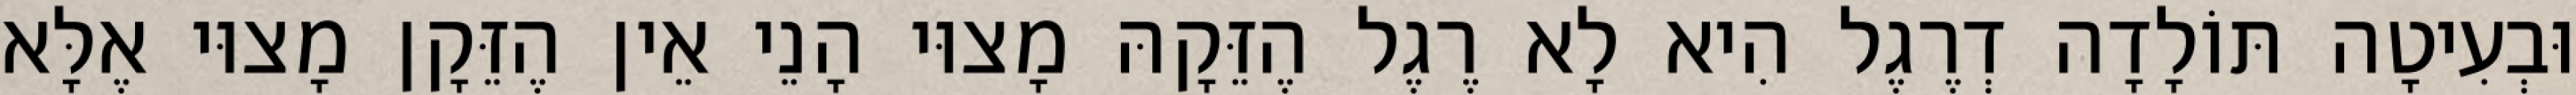
וּבְעִיטָה תּוֹלָדָה דְרֶגֶל הִיא לָא רֶגֶל הֶזֵּקָהּ מָצוּי הָנֵי אֵין הֶזֵּקָן מָצוּי אֶלָּא